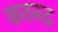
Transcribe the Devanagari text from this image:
कठरुद्र